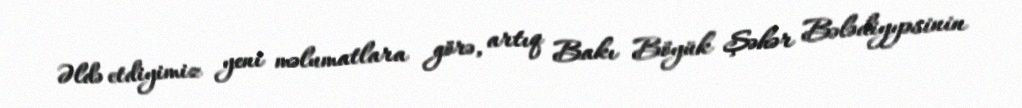
Əldə etdiyimiz yeni məlumatlara görə, artıq Bakı Böyük Şəhər Bələdiyyəsinin